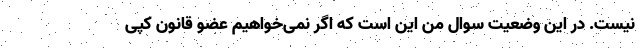
نیست. در این وضعیت سوال من این است که اگر نمی‌خواهیم عضو قانون کپی